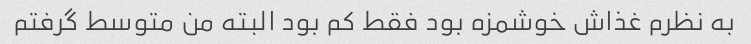
به نظرم غذاش خوشمزه بود فقط کم بود البته من متوسط گرفتم